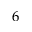
6